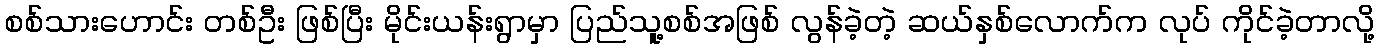
စစ်သားဟောင်း တစ်ဦး ဖြစ်ပြီး မိုင်းယန်းရွာမှာ ပြည်သူ့စစ်အဖြစ် လွန်ခဲ့တဲ့ ဆယ်နှစ်လောက်က လုပ် ကိုင်ခဲ့တာလို့